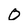
Character: 0